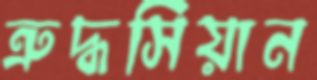
ত্রুদ্ধসিয়ান